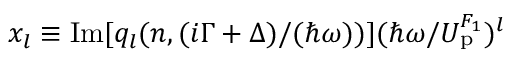
x _ { l } \equiv \mathrm { I m } [ q _ { l } ( n , { ( i \Gamma + \Delta ) } / { ( \hbar \omega ) } ) ] ( { \hbar \omega } / { U _ { \mathrm { p } } ^ { F _ { 1 } } } ) ^ { l }